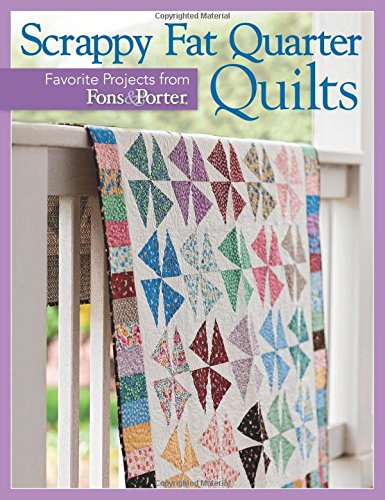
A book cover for Scrappy Fat Quarter Quilts; That Patchwork Place; Crafts, Hobbies & Home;